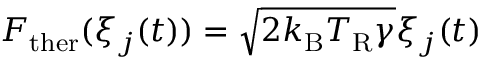
F _ { \mathrm { t h e r } } ( \xi _ { j } ( t ) ) = \sqrt { 2 k _ { \mathrm { B } } T _ { \mathrm { R } } \gamma } \xi _ { j } ( t )